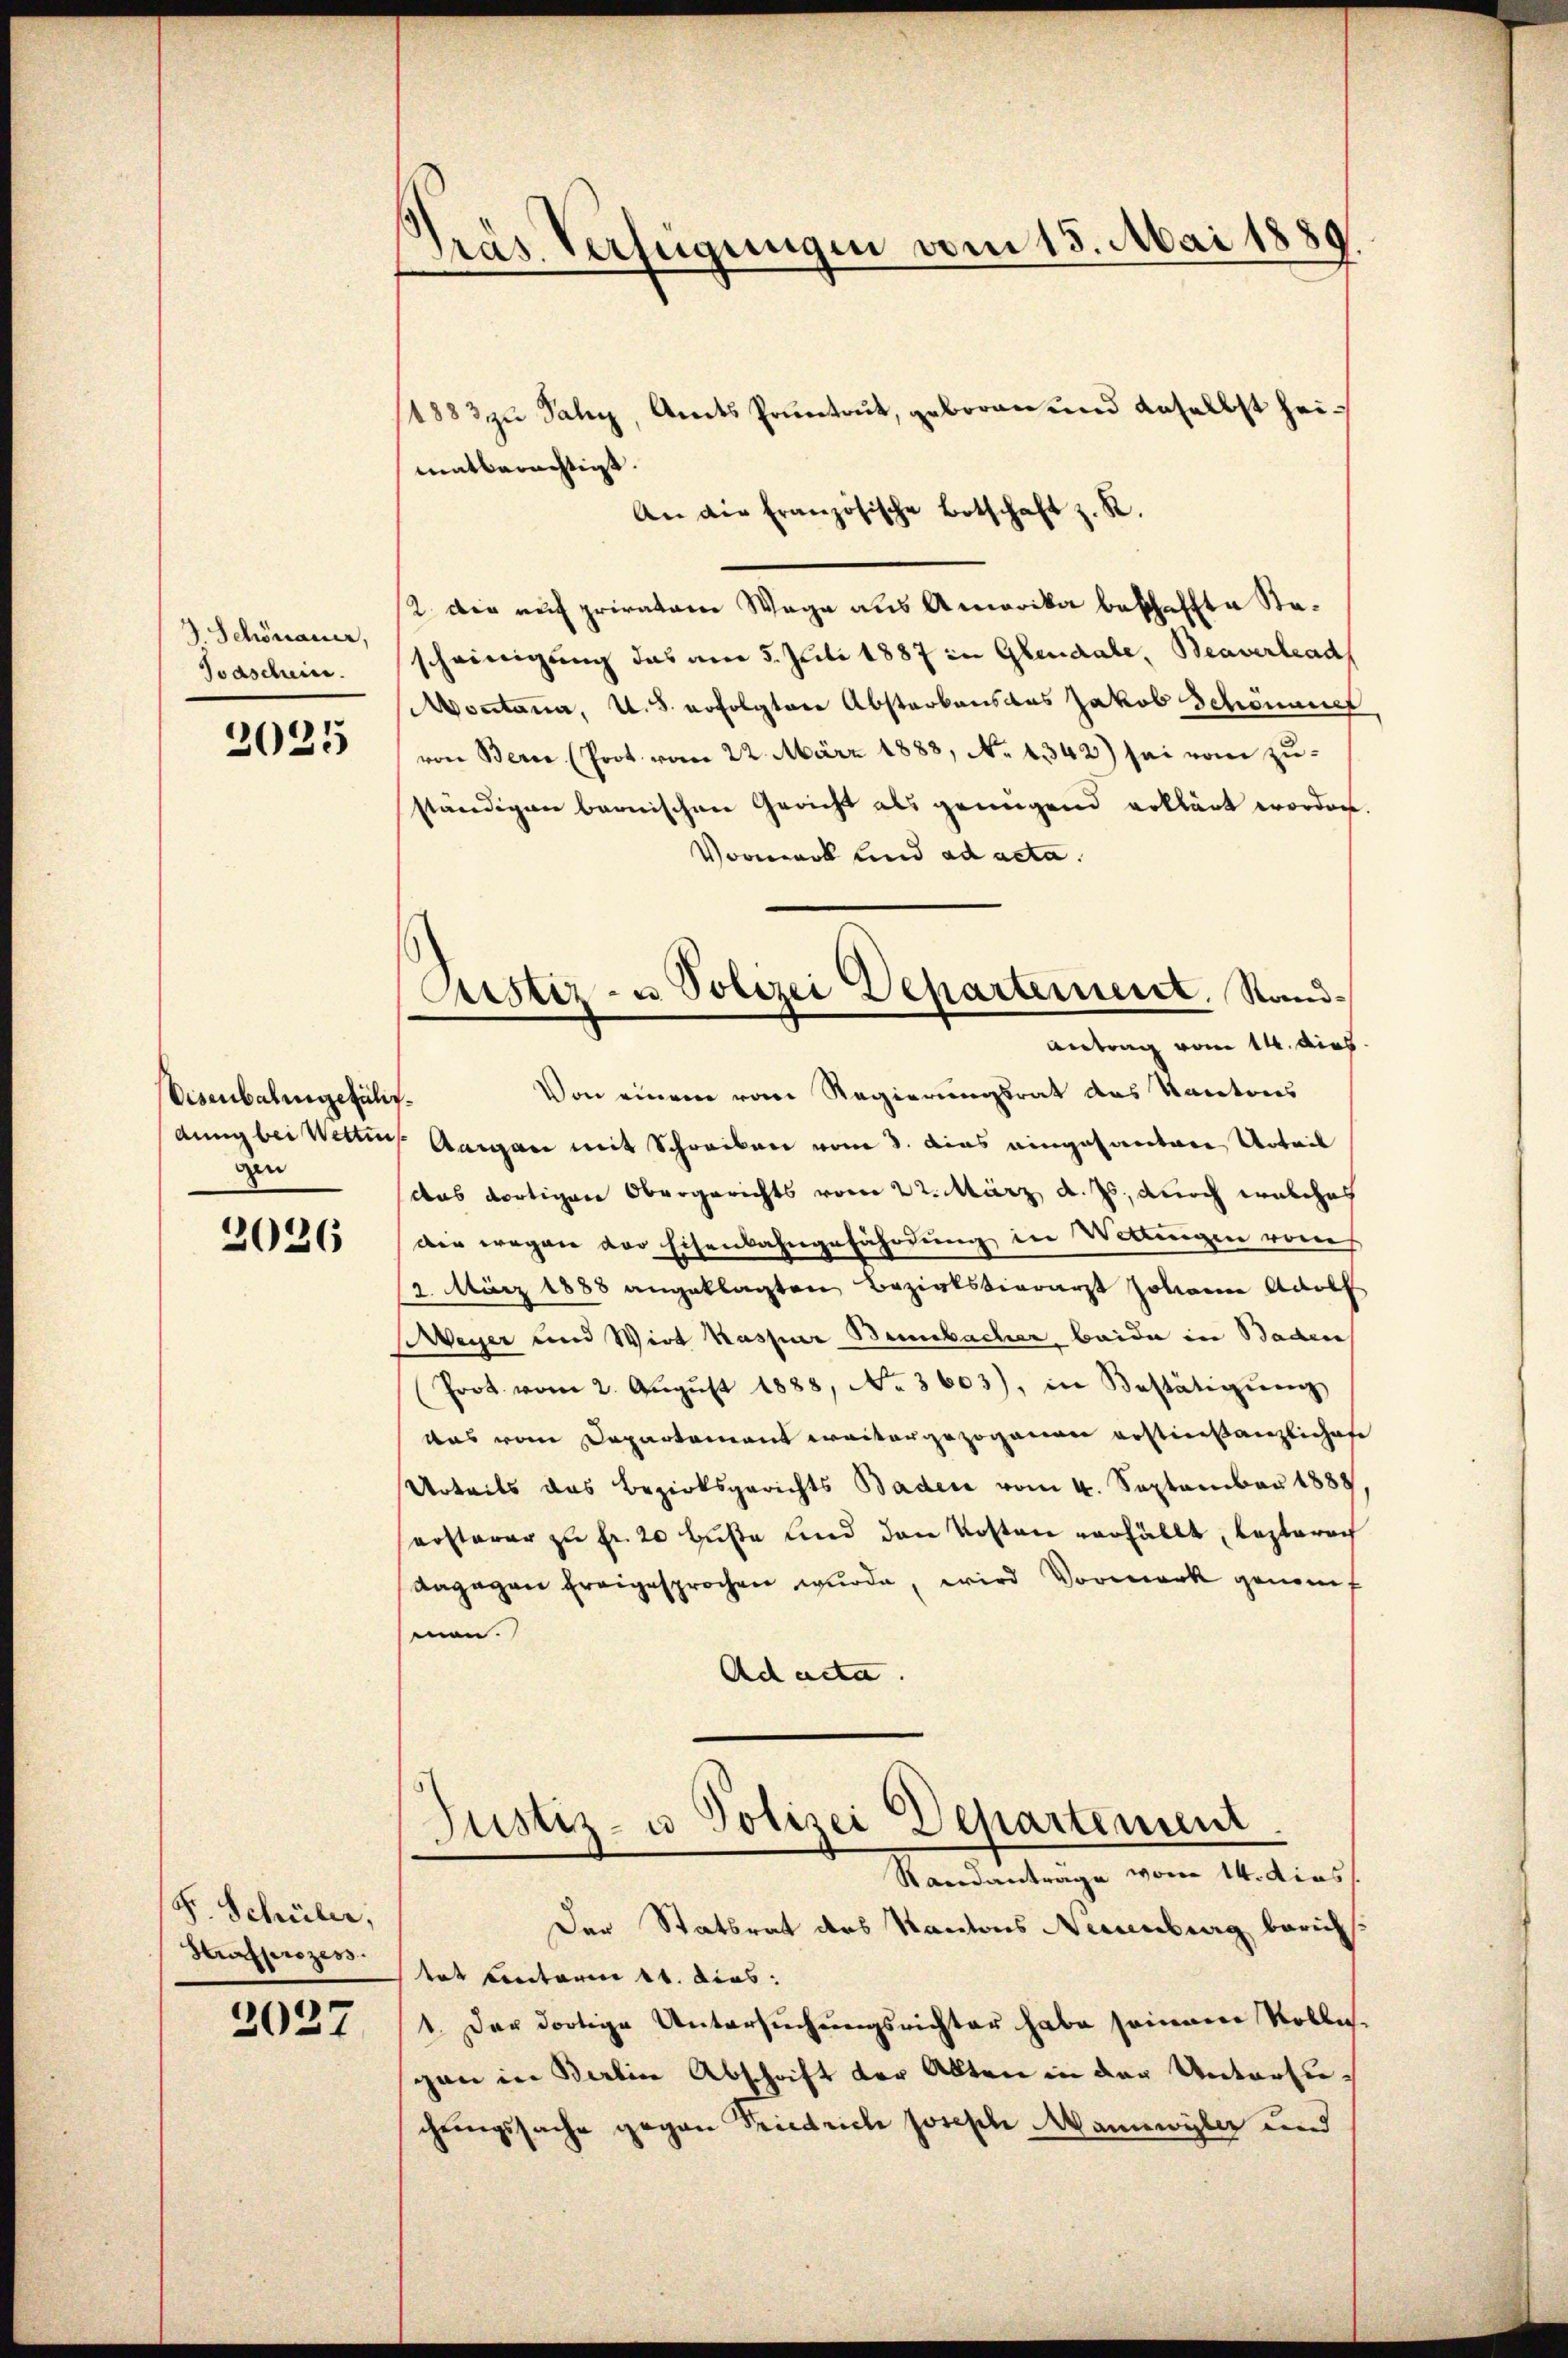
J. Schönauer,
Taschein.

2025

Disenbahngefülisgen

2026

F. Schüler,
Hrafprozess

2027

s
Präs. Verfügungen vom 15. Mai 1889

1883 zu Paly, Amts Pruntrut, geboren und daselbst heimatberechtigt.
An die französische Botschaft z. R.
2 die auch privatare Wege aus Amerika beschaffte Stascheinigung das am 5. Juli 1887 in Gludale, Beaverlad
Montana, u. 8. erfolgtere Abstarkens das Jakob Schönenet
von Bern (Prot. vom 22. März 1883, No 1342) sei vom zuständigen bernischen Gericht als genügend erklärt worden.
Vormerk und ad acta.
Von einem vom Regierungsrat des Kantons
dung bei Wettins Aargau mit Schreiben vom 8. dies eingesantere Urteil
das dortigen Obergerichts vom 22. März d. Js., durch welches
Der wegen der Eisenbahngefährdung in Weingen vones
13. März 1888 angeklagten Bezirkskierarzt Johanne Adolf
Meyer und Wirt Kaspar Benbacher beide in Baden
Prot. vom 2. Aŭgŭst 1888, No. 3603), in Bestätigŭng
was vom Departement weitergezogenen erstinstanzliches
Urteils das Bezirksgerichts Baden vom 4. September 1888
ersterer zu Fr. 20 buße und den Kosten verfällt, lezterech
dagegen freigesprochen wurde, wird Vormerk genomf
mon.
Ad acta.
Justiz- u Polizei Departement
Randantrage vom 14. dies
Der Statsrat des Kantons Neuenburg berichtet Contarin 11. dies
1. Der dortige Untersuchungsrichter habe seinem Vollegan in Berlin Abschrift der Alten in der Unterzuchrungssache gegen Friedrich Joseph Mannwyler und

Custiz- u. Polizei Departement. Sand¬
Antrag vom 14. dies